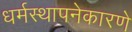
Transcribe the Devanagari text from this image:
धर्मस्थापनेकारणे